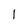
Character: 1